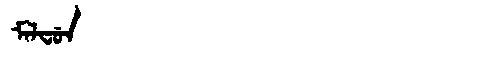
Manchu: ᠮᠠᠯᠸᡠᠨ
Romanization: MALFUN